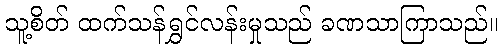
သူ့စိတ် ထက်သန်ရွှင်လန်းမှုသည် ခဏသာကြာသည်။